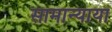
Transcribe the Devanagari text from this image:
सामान्याया